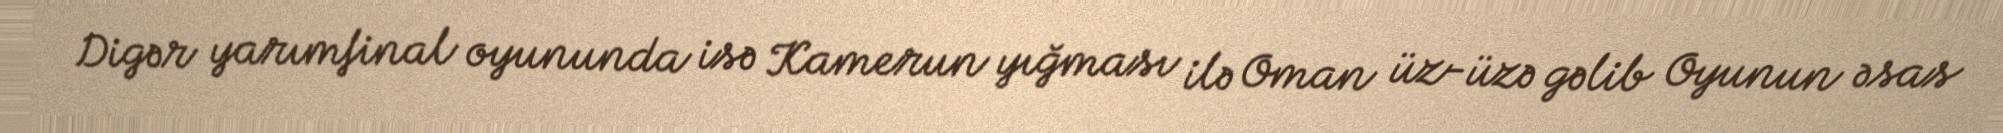
Digər yarımfinal oyununda isə Kamerun yığması ilə Oman üz-üzə gəlib Oyunun əsas